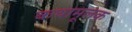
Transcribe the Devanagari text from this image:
कथामूलक